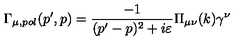
\Gamma _ { \mu , p o l } ( p ^ { \prime } , p ) = \frac { - 1 } { ( p ^ { \prime } - p ) ^ { 2 } + i \varepsilon } \Pi _ { \mu \nu } ( k ) \gamma ^ { \nu }